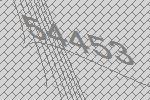
54453